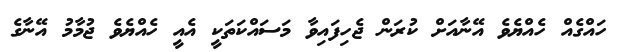
ހައްގެއް ހެއްޔެވެ އޭނާއަށް ކުރަން ޖެހިފައިވާ މަސައްކަތަކީ އެއީ ހެއްޔެވެ ޖުމާމު އޭނާގެ